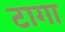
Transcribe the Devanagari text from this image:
टागा